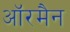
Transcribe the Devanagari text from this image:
ऑरमैन